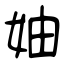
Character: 妯